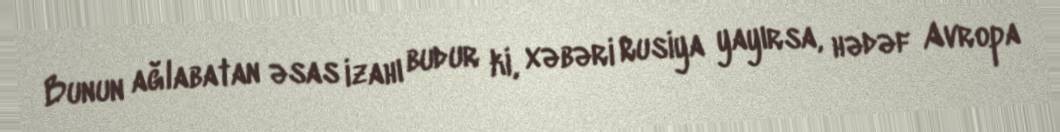
Bunun ağlabatan əsas izahı budur ki, xəbəri Rusiya yayırsa, hədəf Avropa